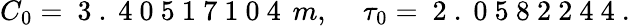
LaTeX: C_{0}=\mathrm{~3~.~4~0~5~1~7~1~0~4~}\, m,\quad\, \tau_{0}=\mathrm{~2~.~0~5~8~2~2~4~4~}.